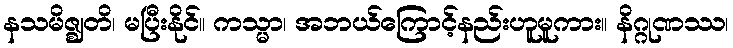
နသမိဇ္ဈတိ၊ မပြီးနိုင်။ ကသ္မာ၊ အဘယ်ကြောင့်နည်းဟူမူကား။ နိဂ္ဂုဏဿ၊